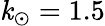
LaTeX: \mathit{k}_{\odot}=1.5